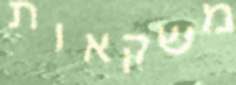
משקאות